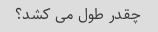
چقدر طول می کشد؟